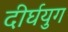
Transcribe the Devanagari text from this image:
दीर्घयुग